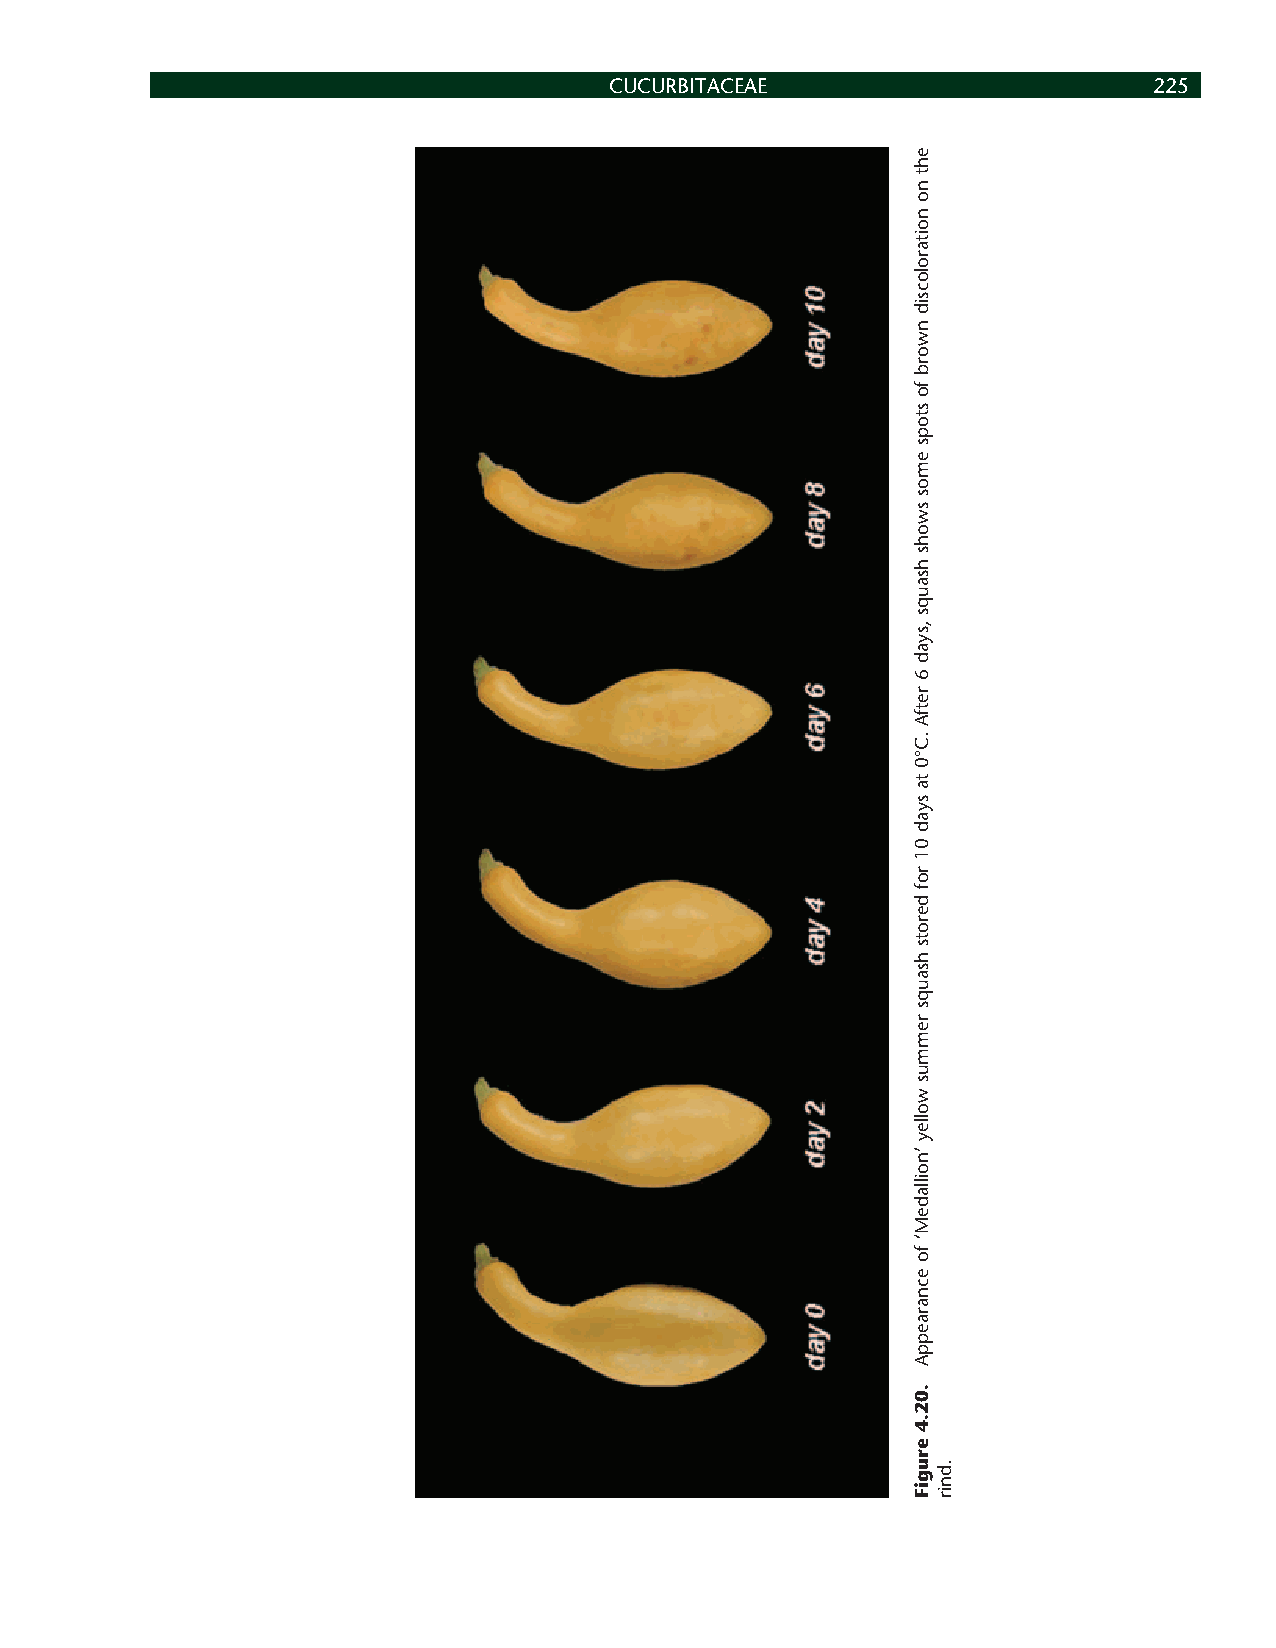
CUCURBITACEAE                       225
 eht
 no
 noitarolocsid
 nworb
 fo
 stops
 emos
 swohs
 hsauqs
 ,syad
 6
 retfA
 .C°0
 ta
 syad
 01
 rof
 derots
 hsauqs
 remmus
 wolley
 ’noilladeM‘
 fo
 ecnaraeppA
 .02.4
 erugiF
 .dnir